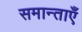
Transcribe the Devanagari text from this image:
समान्ताएँ